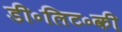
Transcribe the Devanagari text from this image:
डी॰लिट॰की